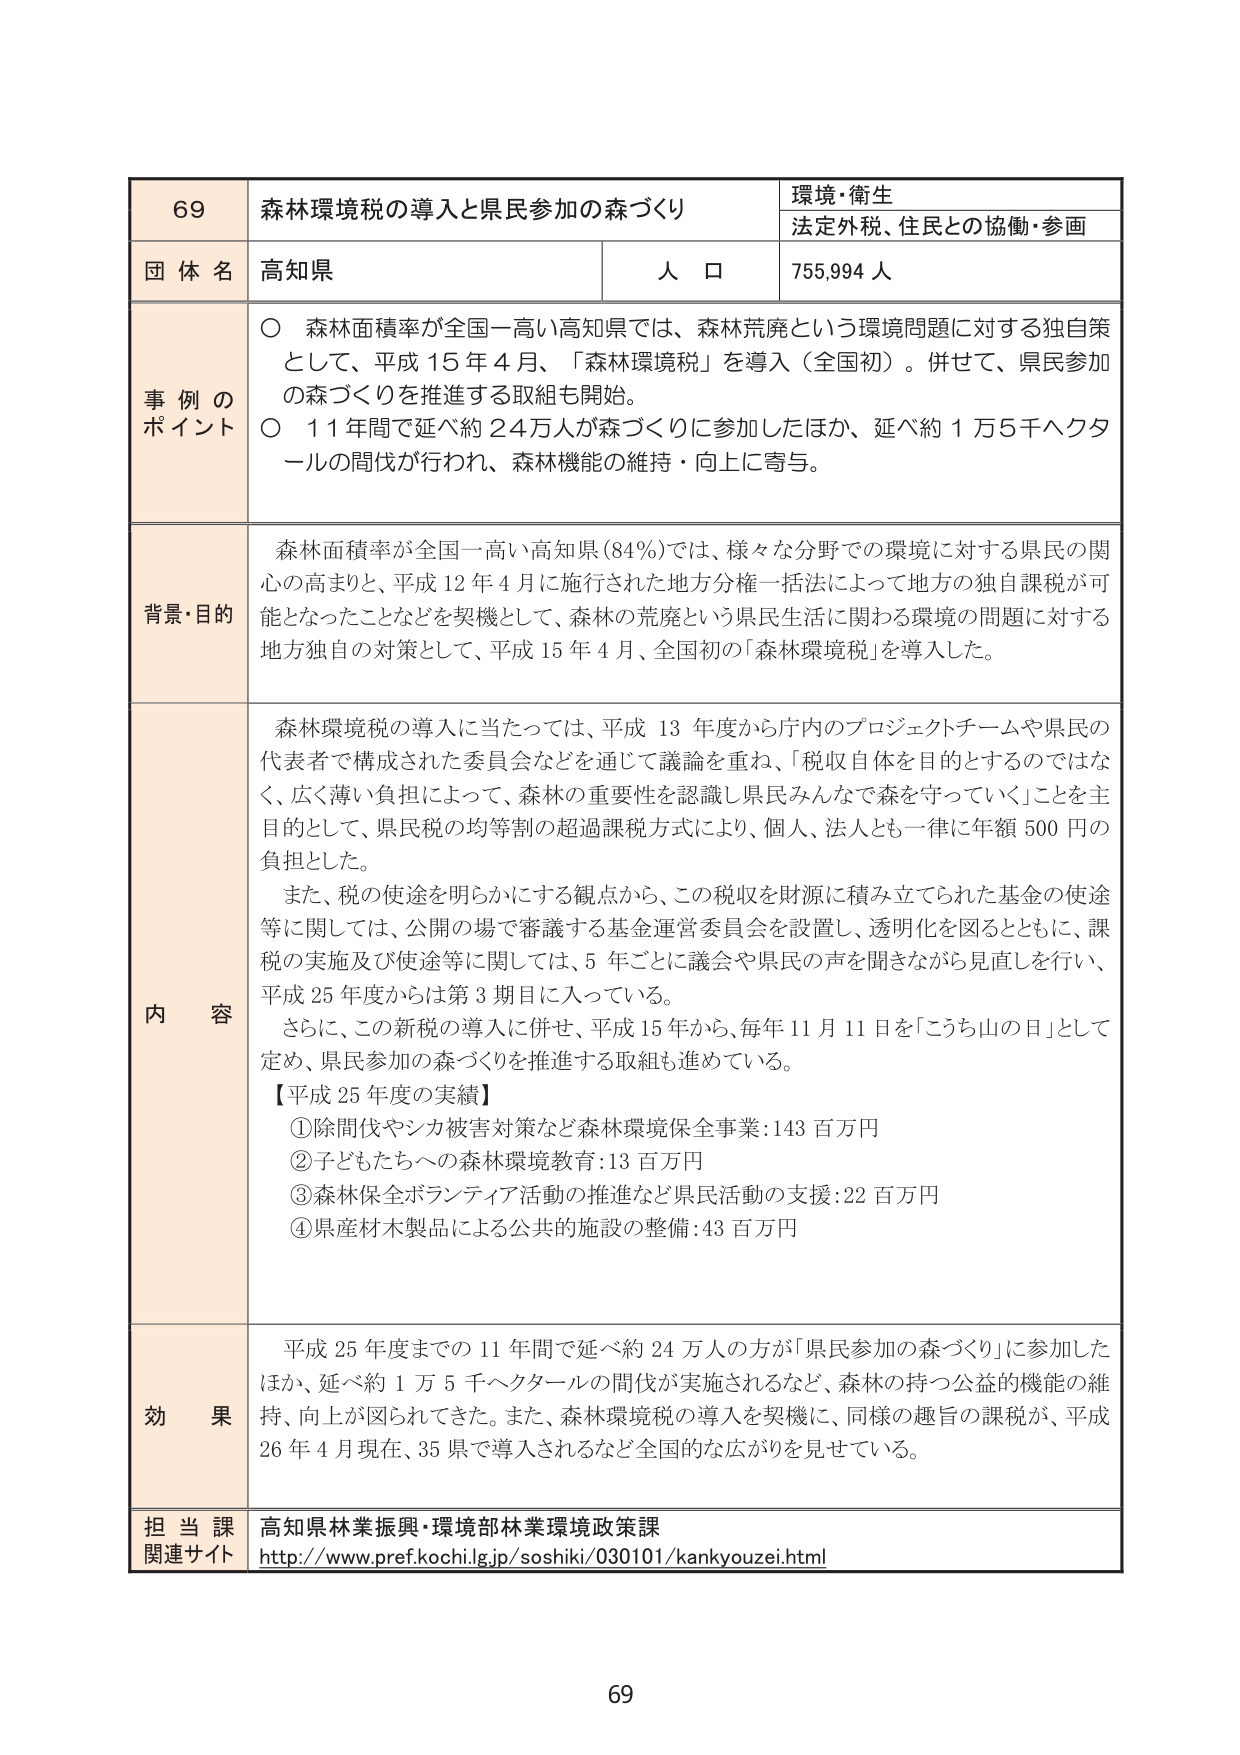
69 森林環境税の導入と県民参加の森づくり 環境・衛生 法定外税、住民との協働・参画 団体名 高知県 人口 755,994人 事例のポイント ○ 森林面積率が全国一高い高知県では、森林荒廃という環境問題に対する独自策として、平成15年4月、「森林環境税」を導入（全国初）。併せて、県民参加の森づくりを推進する取組も開始。 ○ 11年間で延べ約24万人が森づくりに参加したほか、延べ約1万5千ヘクタールの間伐が行われ、森林機能の維持・向上に寄与。 背景・目的 森林面積率が全国一高い高知県（84％）では、様々な分野での環境に対する県民の関心の高まりと、平成12年4月に施行された地方分権一括法によって地方の独自課税が可能となったことなどを契機として、森林の荒廃という県民生活に関わる環境の問題に対する地方独自の対策として、平成15年4月、全国初の「森林環境税」を導入した。 内容 森林環境税の導入に当たっては、平成13年度から庁内のプロジェクトチームや県民の代表者で構成された委員会などを通じて議論を重ね、「税収自体を目的とするのではなく、広く薄い負担によって、森林の重要性を認識し県民みんなで森を守っていく」ことを主目的として、県民税の均等割の超過課税方式により、個人、法人とも一律に年額500円の負担とした。 また、税の使途を明らかにする観点から、この税収を財源に積み立てられた基金の使途等に関しては、公開の場で審議する基金運営委員会を設置し、透明化を図るとともに、課税の実施及び使途等に関しては、5年ごとに議会や県民の声を聞きながら見直しを行い、平成25年度からは第3期目に入っている。 さらに、この新税の導入に併せ、平成15年から、毎年11月11日を「こうち山の日」として定め、県民参加の森づくりを推進する取組も進めている。 【平成25年度の実績】 ①除間伐やシカ被害対策など森林環境保全事業：143百万円 ②子どもたちへの森林環境教育：13百万円 ③森林保全ボランティア活動の推進など県民活動の支援：22百万円 ④県産材木製品による公共の施設の整備：43百万円 効果 平成25年度までの11年間で延べ約24万人の方が「県民参加の森づくり」に参加したほか、延べ約1万5千ヘクタールの間伐が実施されるなど、森林の持つ公益的機能の維持、向上が図られてきた。また、森林環境税の導入を契機に、同様の趣旨の課税が、平成26年4月現在、35県で導入されるなど全国的な広がりを見せている。 担当課 高知県林業振興・環境部林業環境政策課 関連サイト http://www.pref.kochi.lg.jp/soshiki/030101/kankyouzei.html 69